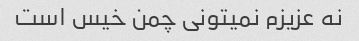
نه عزیزم نمیتونی چمن خیس است